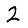
Digit: 2